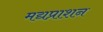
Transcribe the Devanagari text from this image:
मद्यप्राशन